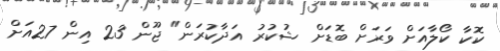
ކޮކާ ކޯލާއަށް ވަރަށް ބޮޑަށް ޝުކުރު އަދާކުރަން" ޖޫން 23 އިން 27އަށް